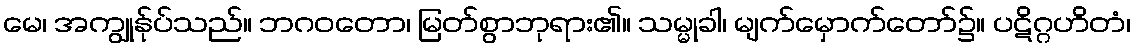
မေ၊ အကျွုန်ုပ်သည်။ ဘဂဝတော၊ မြတ်စွာဘုရား၏။ သမ္မုခါ၊ မျက်မှောက်တော်၌။ ပဋိဂ္ဂဟိတံ၊